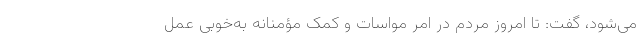
می‌شود، گفت: تا امروز مردم در امر مواسات و کمک مؤمنانه به‌خوبی عمل